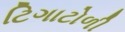
ટિગાટોળી